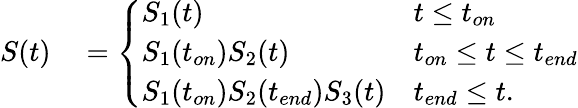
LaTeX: \begin{array}{rl}{S(t)}&{{}=\left\{ \begin{array}{ll}{S_{1}(t)}&{t\leq t_{on}}\\ {S_{1}(t_{on})S_{2}(t)}&{t_{on}\leq t\leq t_{end}}\\ {S_{1}(t_{on})S_{2}(t_{end})S_{3}(t)}&{t_{end}\leq t.}\end{array}\right.}\end{array}